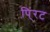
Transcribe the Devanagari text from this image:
पिं्रट